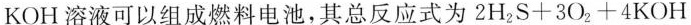
KOH溶液可以组成燃料电池，其总反应式为$$2H_{2}S+3O_{2}+4KOH$$